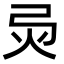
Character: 𢏅